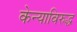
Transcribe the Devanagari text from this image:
केन्याविरुद्ध